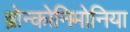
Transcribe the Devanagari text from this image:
ब्रोन्कोनिमोनिया